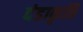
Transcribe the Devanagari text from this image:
दंडाकृति